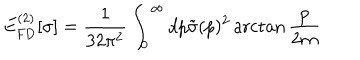
LaTeX: E _ { \mathrm { F D } } ^ { ( 2 ) } [ \sigma ] = \frac { 1 } { 3 2 \pi ^ { 2 } } \int _ { 0 } ^ { \infty } d p \tilde { \sigma } ( p ) ^ { 2 } \operatorname { a r c t a n } \frac { p } { 2 m }